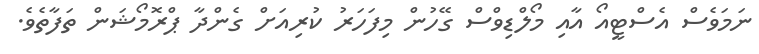
ނަމަވެސް އެސްޓީއޯ އާއި މޯލްޑިވްސް ގޭހުން މިފަހަރު ކުރިއަށް ގެންދާ ޕްރޮމޯޝަން ތަފާތެވެ.